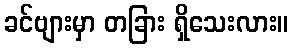
ခင်ဗျားမှာ တခြား ရှိသေးလား။